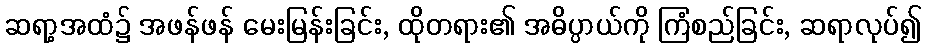
ဆရာ့အထံ၌ အဖန်ဖန် မေးမြန်းခြင်း, ထိုတရား၏ အဓိပ္ပာယ်ကို ကြံစည်ခြင်း, ဆရာလုပ်၍